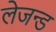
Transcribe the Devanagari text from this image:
लेजन्ड